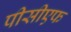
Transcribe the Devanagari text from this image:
पीसीएफ